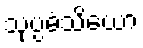
သုပ္ပဓံသိယော